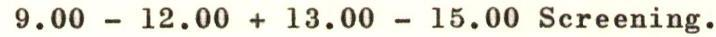
9.00 - 12.00 + 13.00 - 15.00 Screening.